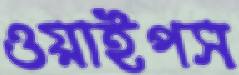
ওয়াইপস